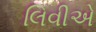
લિવીએ